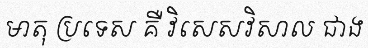
មាតុ ប្រទេស គឺ វិសេសវិសាល ជាង